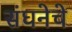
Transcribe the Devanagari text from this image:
संघनेचे